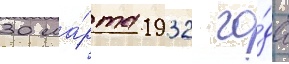
30 ма́рта 1932 го́да